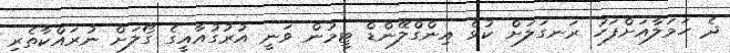
ދެ ހަމަލާއަށްފަހު ރަނގަލަށް ކުޅެ އިންގްލޭންޑް ޓީމުން ވަނީ އުރުގުއާއީގެ ގޯލަށް ނުރައްކާތެރި